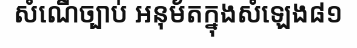
សំណើច្បាប់ អនុម័តក្នុងសំឡេង៨១